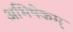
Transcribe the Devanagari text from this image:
अभिषेकम्